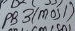
Text: PB3